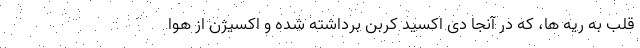
قلب به ریه ها، که در آنجا دی اکسید کربن برداشته شده و اکسیژن از هوا